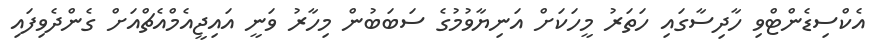
އެކްސިޑެންޓްވި ހާދިސާގައި ހަތަރު މީހަކަށް އަނިޔާވުމުގެ ސަބަބުން މިހާރު ވަނީ އައިޖީއެމްއެޗްއަށް ގެންދެވިފައި